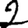
Digit: 2